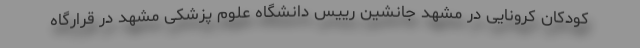
کودکان کرونایی در مشهد جانشین رییس دانشگاه علوم پزشکی مشهد در قرارگاه